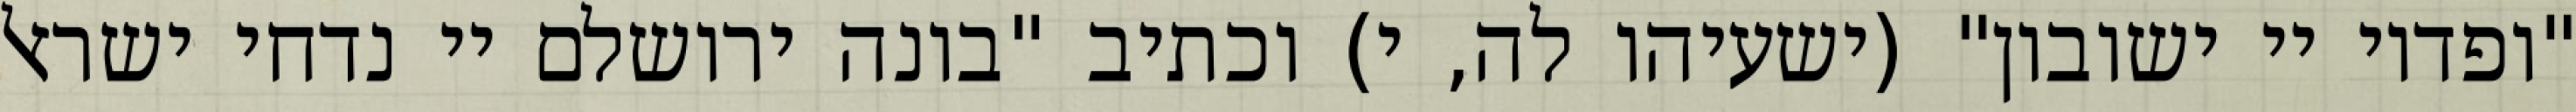
"ופדוי יי ישובון" (ישעיהו לה, י) וכתיב "בונה ירושלם יי נדחי ישראל